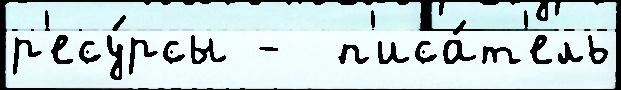
р'есу́рсы -  п'иса́т'ель